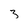
Character: 3